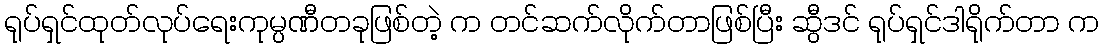
ရုပ်ရှင်ထုတ်လုပ်ရေးကုမ္ပဏီတခုဖြစ်တဲ့ က တင်ဆက်လိုက်တာဖြစ်ပြီး ဆွီဒင် ရုပ်ရှင်ဒါရိုက်တာ က